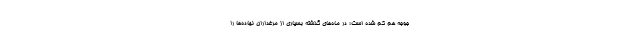
جوجه هم کم شده است؛ در ماه‌های گذشته بسیاری از مرغداران نهاده‌ها را